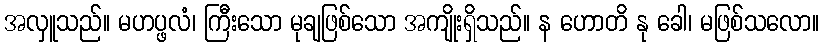
အလှူသည်။ မဟပ္ဖလံ၊ ကြီးသော မုချဖြစ်သော အကျိုးရှိသည်။ န ဟောတိ နု ခေါ၊ မဖြစ်သလော။